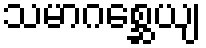
သမာဂစ္ဆေယျ